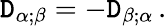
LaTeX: \mathtt{D}_{\alpha;\beta}=-\mathtt{D}_{\beta;\alpha}\, .